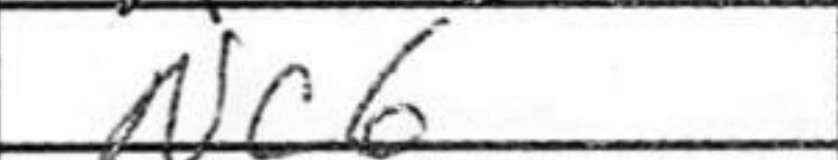
Transcription: Nc6